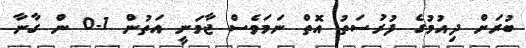
ބުރަށް ދިއުމުގެ ފުރުސަތު އޮތް ނަމަވެސް ޖާމަނީ އަތުން 1-0 ން ގާނާ